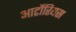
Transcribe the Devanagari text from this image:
आर्टोरियस